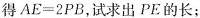
得$$A E = 2 P B$$，试求出PE的长；